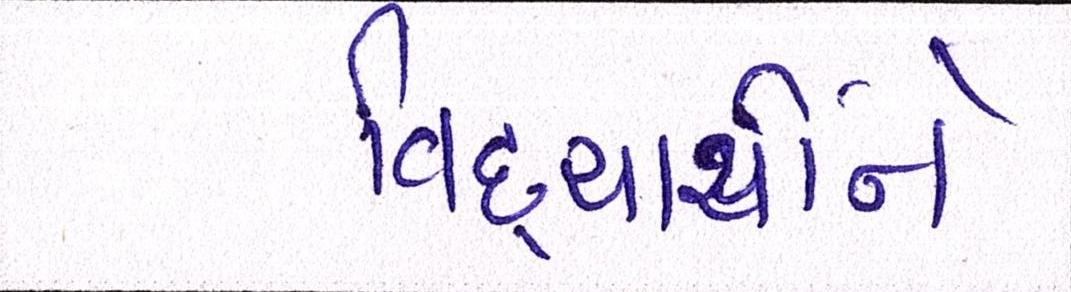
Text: વિદ્યાર્થીને